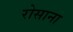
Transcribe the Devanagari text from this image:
रोसाना